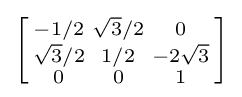
\left[{\begin{smallmatrix}-1/2&{\sqrt {3}}/2&0\\{\sqrt {3}}/2&1/2&-2{\sqrt {3}}\\0&0&1\\\end{smallmatrix}}\right]